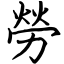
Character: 勞